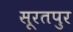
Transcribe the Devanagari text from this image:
सूरतपुर